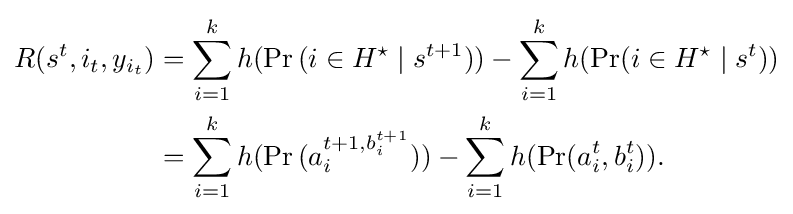
{\begin{aligned}R(s^{t},i_{t},y_{i_{t}})&=\sum _{i=1}^{k}h(\Pr {(i\in H^{\star }\mid s^{t+1})})-\sum _{i=1}^{k}h(\Pr(i\in H^{\star }\mid s^{t}))\\&=\sum _{i=1}^{k}h(\Pr {(a_{i}^{t+1,b_{i}^{t+1}})})-\sum _{i=1}^{k}h(\Pr(a_{i}^{t},b_{i}^{t})).\end{aligned}}